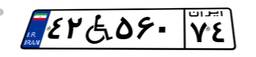
۴۲W۵۶۰۷۴